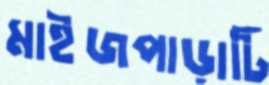
মাইজপাড়াটি